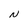
Character: N